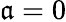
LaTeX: \mathfrak{a}=0